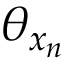
\theta _ { x _ { n } }